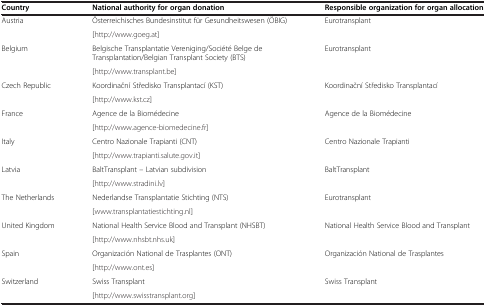
<table><thead><tr><td><b>Country</b></td><td><b>National authority for organ donation</b></td><td><b>Responsible organization for organ allocation</b></td></tr></thead><tbody><tr><td rowspan="2">Austria</td><td>Österreichisches Bundesinstitut für Gesundheitswesen (ÖBIG)</td><td rowspan="2">Eurotransplant</td></tr><tr><td>[http://www.goeg.at]</td></tr><tr><td rowspan="2">Belgium</td><td>Belgische Transplantatie Vereniging/Société Belge de Transplantation/Belgian Transplant Society (BTS)</td><td rowspan="2">Eurotransplant</td></tr><tr><td>[http://www.transplant.be]</td></tr><tr><td rowspan="2">Czech Republic</td><td>Koordinační Středisko Transplantací (KST)</td><td rowspan="2">Koordinační Středisko Transplantací</td></tr><tr><td>[http://www.kst.cz]</td></tr><tr><td rowspan="2">France</td><td>Agence de la Biomédecine</td><td rowspan="2">Agence de la Biomédecine</td></tr><tr><td>[http://www.agence-biomedecine.fr]</td></tr><tr><td rowspan="2">Italy</td><td>Centro Nazionale Trapianti (CNT)</td><td rowspan="2">Centro Nazionale Trapianti</td></tr><tr><td>[http://www.trapianti.salute.gov.it]</td></tr><tr><td rowspan="2">Latvia</td><td>BaltTransplant – Latvian subdivision</td><td rowspan="2">BaltTransplant</td></tr><tr><td>[http://www.stradini.lv]</td></tr><tr><td rowspan="2">The Netherlands</td><td>Nederlandse Transplantatie Stichting (NTS)</td><td rowspan="2">Eurotransplant</td></tr><tr><td>[http://www.transplantatiestichting.nl]</td></tr><tr><td rowspan="2">United Kingdom</td><td>National Health Service Blood and Transplant (NHSBT)</td><td rowspan="2">National Health Service Blood and Transplant</td></tr><tr><td>[http://www.nhsbt.nhs.uk]</td></tr><tr><td rowspan="2">Spain</td><td>Organización National de Trasplantes (ONT)</td><td rowspan="2">Organización National de Trasplantes</td></tr><tr><td>[http://www.ont.es]</td></tr><tr><td>Switzerland</td><td>Swiss Transplant</td><td>Swiss Transplant</td></tr><tr><td> </td><td>[http://www.swisstransplant.org]</td><td> </td></tr></tbody></table>